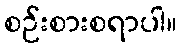
စဉ်းစားစရာပါ။